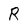
Character: R